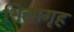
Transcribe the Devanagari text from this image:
शिलागृह